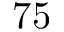
7 5